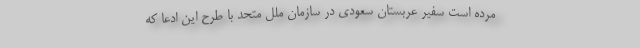
مرده است سفیر عربستان سعودی در سازمان ملل متحد با طرح این ادعا که